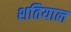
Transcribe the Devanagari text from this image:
शतियाल